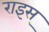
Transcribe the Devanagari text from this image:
राइस्